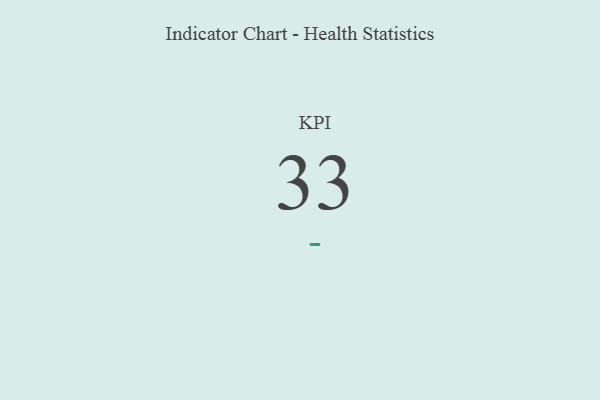
{"axis": {"x": "KPI", "y": "Value"}, "legend": [""], "data": [{"x": "KPI", "y": 33, "type": ""}]}